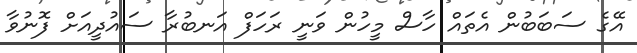
އޭގެ ސަބަބުން އެތައް ހާސް މީހުން ވަނީ ރަހަފް އަނބުރާ ސައުދީއަށް ފޮނުވާ